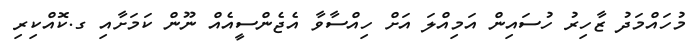
މުހައްމަދު ޒާހިރު ހުސައިން އަމިއްލަ އަށް ހިއްސާވާ އެޖެންސީއެއް ނޫން ކަމަށާއި ގ.ކޮއްކިރި